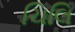
ચિલિ